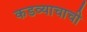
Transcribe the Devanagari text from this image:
कडव्याचाची